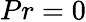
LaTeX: Pr=0